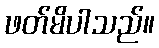
ဖတ်မိပါသည်။